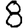
Digit: 8